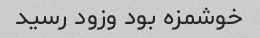
خوشمزه بود وزود رسید